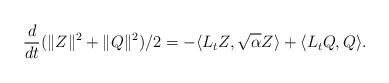
\begin{align*}\frac{d}{dt} (\|Z\|^2 + \|Q\|^2)/2 = -\langle L_t Z, \sqrt{\alpha} Z\rangle + \langle L_t Q, Q\rangle. \end{align*}